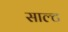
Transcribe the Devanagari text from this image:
साल्‍ट